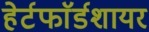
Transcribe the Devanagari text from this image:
हेर्टफाॅर्डशायर